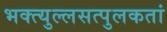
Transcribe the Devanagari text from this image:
भक्त्युल्लसत्पुलकतां